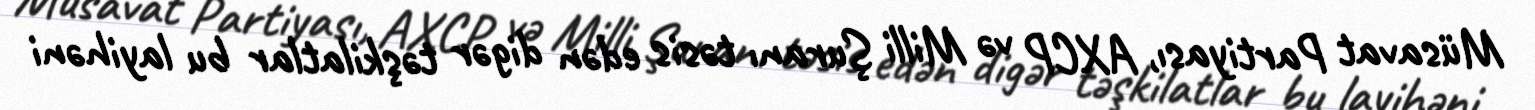
Müsavat Partiyası, AXCP və Milli Şuranı təsis edən digər təşkilatlar bu layihəni